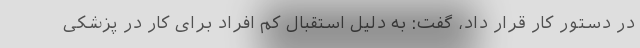
در دستور کار قرار داد، گفت: به دلیل استقبال کم افراد برای کار در پزشکی